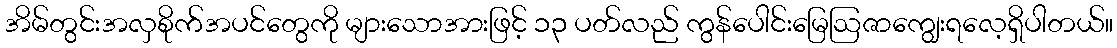
အိမ်တွင်းအလှစိုက်အပင်တွေကို များသောအားဖြင့် ၁၃ ပတ်လည် ကွန်ပေါင်းမြေဩဇာကျွေးရလေ့ရှိပါတယ်။